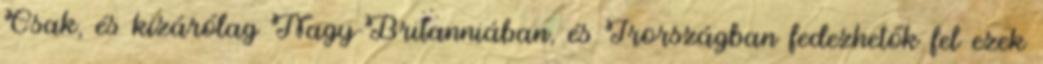
Csak, és kizárólag Nagy-Britanniában, és Írországban fedezhetők fel ezek